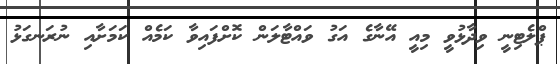
ޕްލެޓިނީ ވިދާޅުވީ މިއީ އޭނާގެ އަގު ވައްޓާލަން ކޮށްފައިވާ ކަމެއް ކަމަށާއި ނުރަނގަޅު